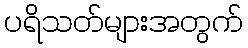
ပရိသတ်များအတွက်